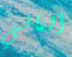
ألماني